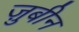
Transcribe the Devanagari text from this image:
ज़ुबीन